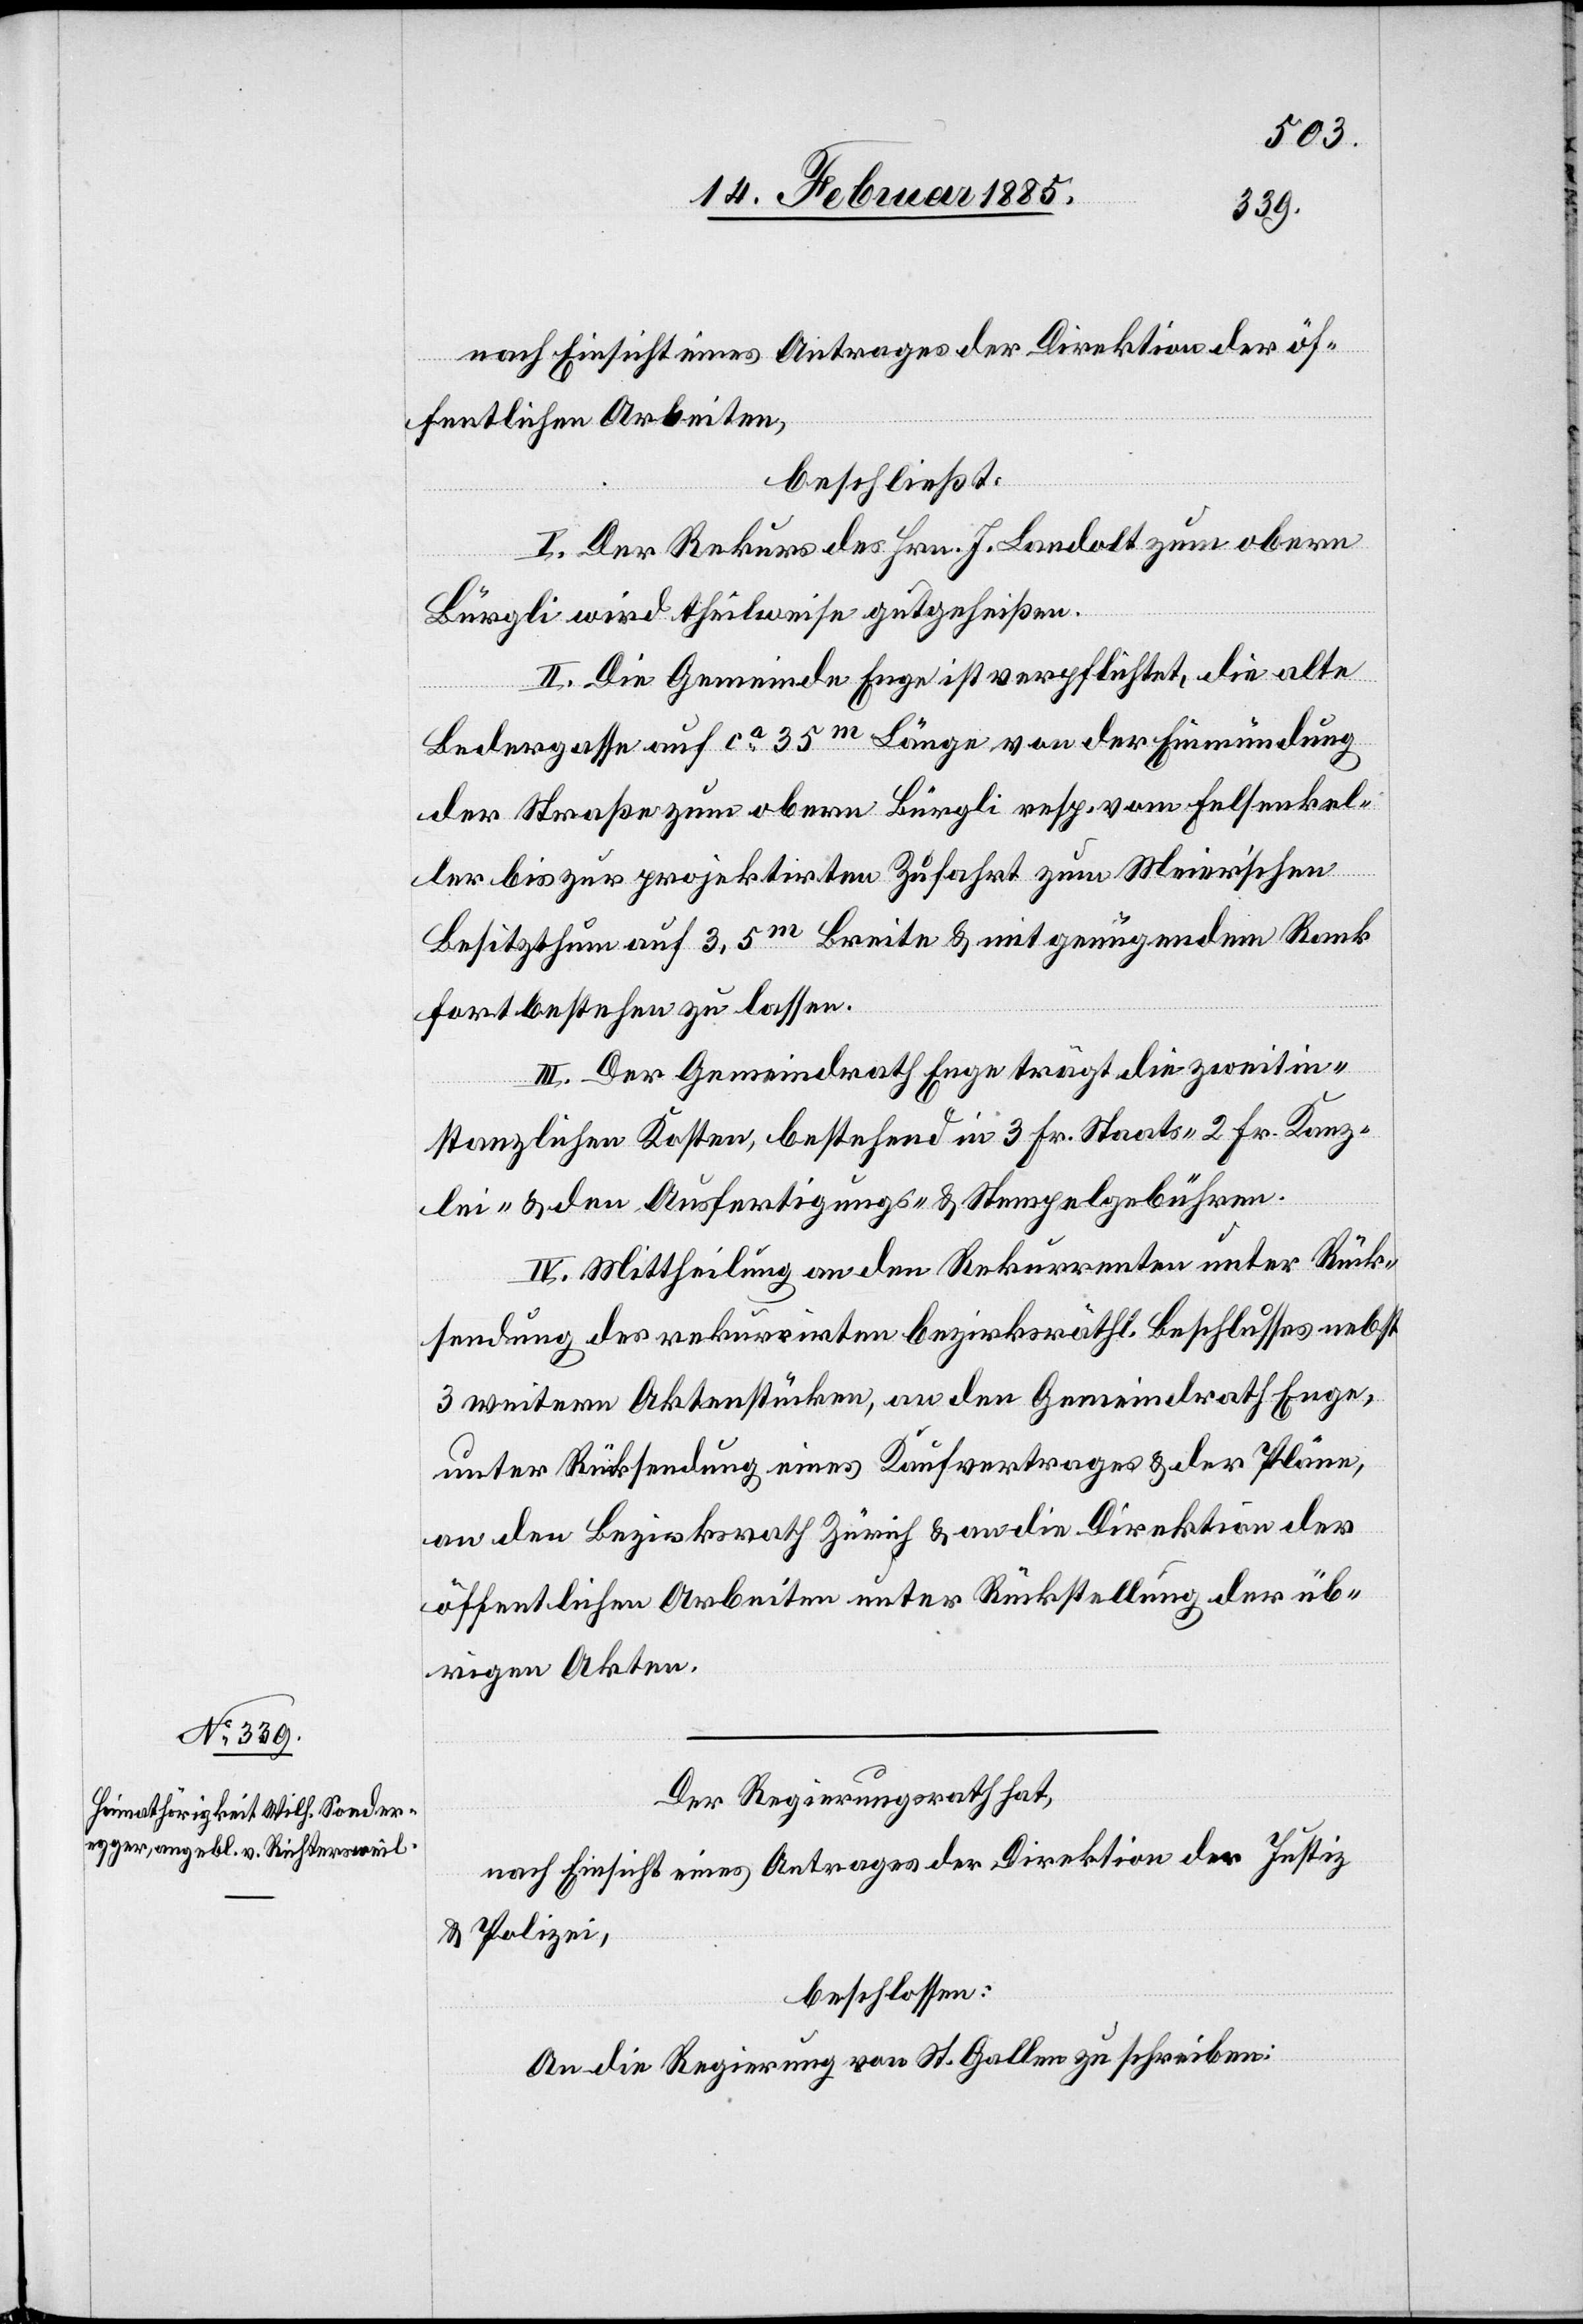
nach Einsicht eins Antrages der Direktion der öf¬
fentlichen Arbeiten,
beschließt:
I. Der Rekurs des Hrn. J. Landolt zum obern
Bürgli wird theilweise gutgeheißen.
II. Die Gemeinde Enge ist verpflichtet, die alte
Bedergasse auf ca 35m Länge von der Einmündung
der Straße zum obern Bürgli resp. vom Fehlsenkel¬
ler bis zur projektirten Zufahrt zum Meier’schen
Besitzthum auf 3,5m Breite & mit genügendem Rank
fortbestehen zu lassen.
III. Der Gemeindrath Enge trägt die zweitin¬
stanzlichen Kosten, bestehend in 3 Fr. Staats-[,] 2 Fr. Kanz¬
lei- & den Ausfertigungs- & Stempelgebühren.
IV. Mittheilung an den Rekurrenten unter Rück¬
sendung der rekurrirten bezirksräthl. Beschlusses nebst
3 weitern Aktenstücken, an den Gemeindrath Enge,
unter Rücksendung eines Kaufsvertrages & der Pläne,
an den Bezirksrath Zürich & an die Direktion der
öffentlichen Arbeiten unter Rückstellung der üb¬
rigen Akten.
Der Regierungsrath hat,
nach Einsicht eines Antrages der Direktion der Justiz
& Polizei,
beschlossen:
An die Regierung von St. Gallen zu schreiben: